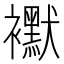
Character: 𧞾